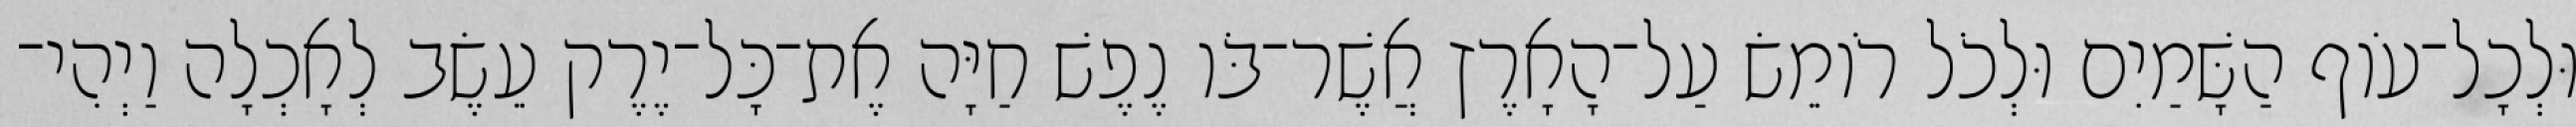
וּלְכָל־עֹוף הַשָּׁמַיִם וּלְכֹל רֹומֵשׂ עַל־הָאָרֶץ אֲשֶׁר־בֹּו נֶפֶשׁ חַיָּה אֶת־כָּל־יֶרֶק עֵשֶׂב לְאָכְלָה וַיְהִי־